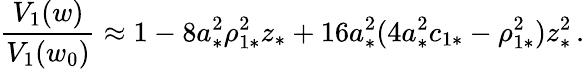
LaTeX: \frac{V_{1}(w)}{V_{1}(w_{0})}\approx 1-8a_{*}^{2}\rho_{1*}^{2}z_{*}+16a_{*}^{2}(4a_{*}^{2}c_{1*}-\rho_{1*}^{2})z_{*}^{2}\, .